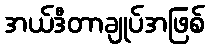
အယ်ဒီတာချုပ်အဖြစ်